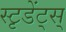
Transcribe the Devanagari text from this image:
स्टृडेंट्स्